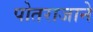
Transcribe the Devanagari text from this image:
पोतराजाने